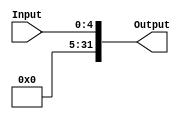
module SignExtensionShiftAmount(Input, Output );
    /* A 16-Bit input word */
input [4:0] Input;

/* A 32-Bit output word */
output reg [31:0] Output;   //using always @
//output [31:0] out;   //using assign stateme
parameter ONES = 27'b111111111111111111111111111, ZEROES = 27'b000000000000000000000000000;

always @(Input) 
    begin
        Output <= {ZEROES, Input};
    end
endmodule